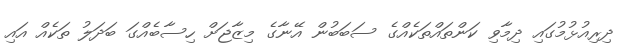
ދިރިއުޅުމުގައި ދިމާވި ކަންތައްތަކެއްގެ ސަބަބުން އޭނާގެ މިޒާޖަށް ހިސާބެއްގަ ބަދަލު ތަކެއް އައި